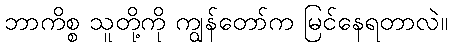
ဘာကိစ္စ သူတို့ကို ကျွန်တော်က မြင်နေရတာလဲ။